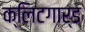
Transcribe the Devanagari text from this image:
क्लिटगार्ड